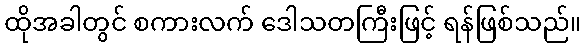
ထိုအခါတွင် စကားလက် ဒေါသတကြီးဖြင့် ရန်ဖြစ်သည်။